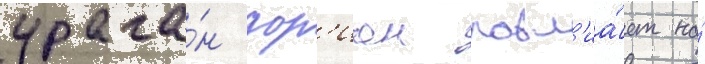
урага́н дор'иан повл'иа́ет на́